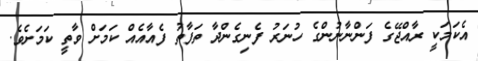
އެކަމަކީ ރާއްޖޭގެ ފަންނާނުންގެ ހުނަރު ފެނިގެންދާ ތަފާތު ފެއާއެއް ކަމަށް ވާތީ ކަމަށެވެ.